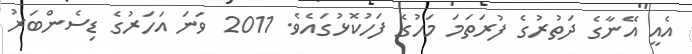
އެއީ އޭނާގެ ދަތުރުގެ ފުރަތަމަ މަހުގެ ފަހުކޮޅުގައެވެ. 2011 ވަނަ އަހަރުގެ ޑިސެންބަރު